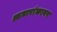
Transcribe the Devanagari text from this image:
आधारांकावर